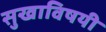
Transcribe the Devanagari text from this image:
सुखाविषयी